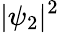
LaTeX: |\psi_{2}|^{2}